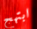
ابتهج